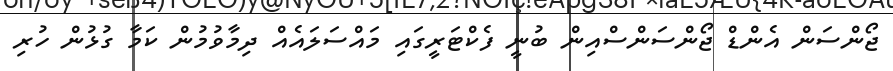
ޖޯންސަން އެންޑް ޖޯންސަންސްއިން ބުނީ ފެކްޓަރީގައި މައްސަލައެއް ދިމާވުމުން ކަމާ ގުޅުން ހުރި